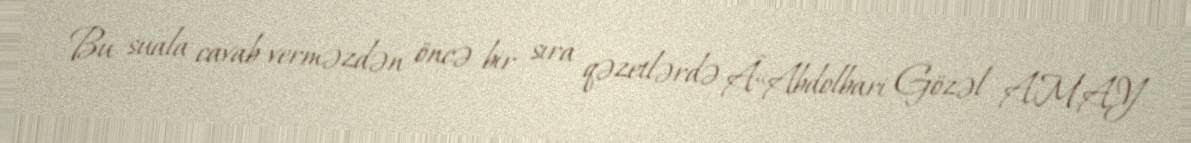
- Bu suala cavab verməzdən öncə bir sıra qəzetlərdə Â«Abdolbari Gözəl A.M.A.Y